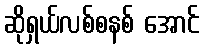
ဆိုရှယ်လစ်စနစ် အောင်